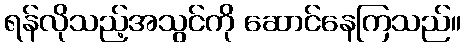
ရန်လိုသည့်အသွင်ကို ဆောင်နေကြသည်။